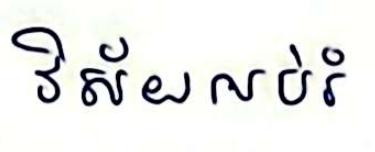
វិស័យអប់រំ